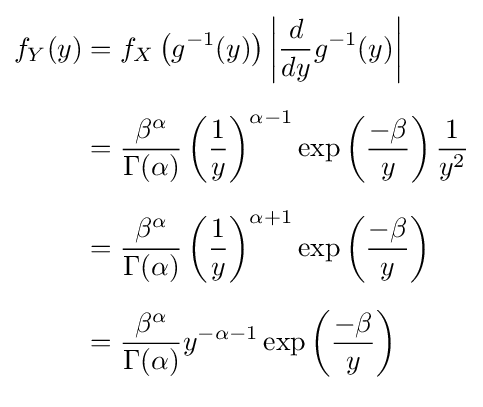
{\begin{aligned}f_{Y}(y)&=f_{X}\left(g^{-1}(y)\right)\left|{\frac {d}{dy}}g^{-1}(y)\right|\\[6pt]&={\frac {\beta ^{\alpha }}{\Gamma (\alpha )}}\left({\frac {1}{y}}\right)^{\alpha -1}\exp \left({\frac {-\beta }{y}}\right){\frac {1}{y^{2}}}\\[6pt]&={\frac {\beta ^{\alpha }}{\Gamma (\alpha )}}\left({\frac {1}{y}}\right)^{\alpha +1}\exp \left({\frac {-\beta }{y}}\right)\\[6pt]&={\frac {\beta ^{\alpha }}{\Gamma (\alpha )}}y^{-\alpha -1}\exp \left({\frac {-\beta }{y}}\right)\\[6pt]\end{aligned}}